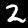
Label: 2